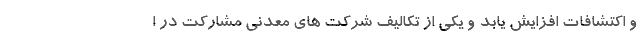
و اکتشافات افزایش یابد و یکی از تکالیف شرکت های معدنی مشارکت در ا